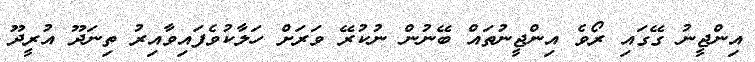
އިންޖީނު ގޭގައި ރޯވެ އިންޖީނުތައް ބޭނުން ނުކުރޭ ވަރަށް ހަލާކުވެފައިވާއިރު ތިނަދޫ އުރީދޫ